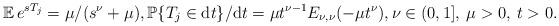
LaTeX: \begin{align*}\mathbb{E} \, e^{sT_j} = \mu/(s^\nu+\mu), \mathbb{P} \{ T_j \in \mathrm dt \}/\mathrm dt = \mu t^{\nu-1} E_{\nu,\nu}(-\mu t^\nu), \nu \in (0,1], \: \mu>0, \: t > 0.\end{align*}